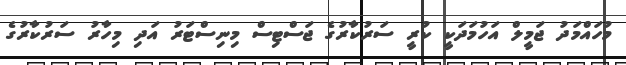
މުހައްމަދު ޖަމީލް އަހުމަދަކީ ކުރީ ސަރުކާރުގެ ޖަސްޓިސް މިނިސްޓަރު އަދި މިހާރު ސަރުކާރުގެ